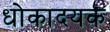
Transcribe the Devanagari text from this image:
धोकादयक